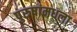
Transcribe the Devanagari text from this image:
पुरुषांमधला